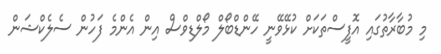
މި މުބާރާތުގައި އޮފީސްތަކަށް ކުޅޭވޭނީ ހޭންޑްބޯލް މޯލްޑިވްސް އިން އެންމެ ފަހުން ސެލެކްޝަން